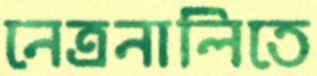
নেত্রনালিতে